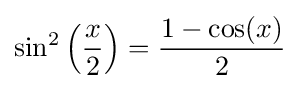
\sin ^{2}\left({\frac {x}{2}}\right)={\frac {1-\cos(x)}{2}}